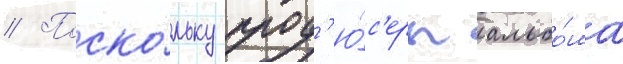
// Поско́льку прод'ю́с'еры альбо́ма